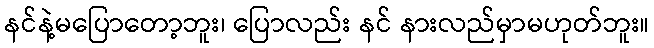
နင်နဲ့မပြောတော့ဘူး၊ ပြောလည်း နင် နားလည်မှာမဟုတ်ဘူး။